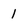
Character: 1